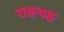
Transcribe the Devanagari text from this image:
राङभङ